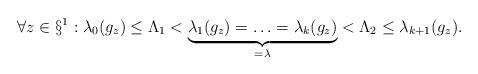
LaTeX: \begin{align*}\forall z \in \S^1: \lambda_0(g_z) \leq \Lambda_1 < \underbrace{\lambda_1(g_z) = \ldots = \lambda_k(g_z)}_{=\lambda} < \Lambda_2 \leq \lambda_{k+1}(g_z).\end{align*}